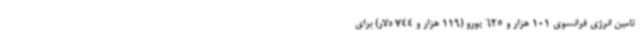
تامین انرژی فرانسوی 101 هزار و 625 یورو (119 هزار و 744 دلار) برای